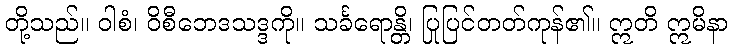
တို့သည်။ ဝါစံ၊ ဝိစီဘေဒသဒ္ဒကို။ သင်္ခရောန္တိ၊ ပြုပြင်တတ်ကုန်၏။ ဣတိ ဣမိနာ